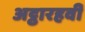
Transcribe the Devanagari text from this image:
अट्ठारहवीँ